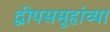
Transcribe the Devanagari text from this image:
द्वीपसमूहांच्या